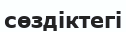
сөздіктегі